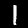
Digit: 1